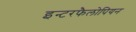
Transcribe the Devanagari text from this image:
इन्टरफैलोपियन